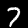
Digit: 7